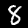
Label: 8